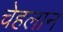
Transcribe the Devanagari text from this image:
चेहलान